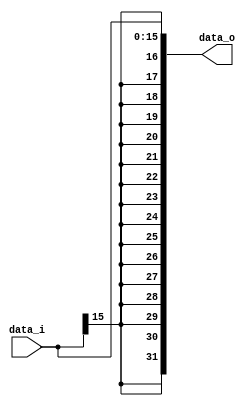
//Subject:     CO project 2 - ALU Controller
//--------------------------------------------
//Student: 0411276 Chen Yi An
//Student: 0413335 Kuo Yi Lin
//--------------------------------------------

module Sign_Extend(
    data_i,
    data_o
    );
               
//I/O ports
input   [16-1:0] data_i;
output  [32-1:0] data_o;

//Internal Signals
reg     [32-1:0] data_o;

//Sign extended
always @(*)begin
  data_o <= {  { 16{data_i[15]} }, {data_i[15:0]}   };
end          

endmodule